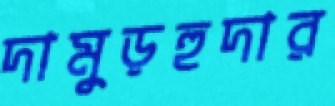
দামুড়হুদার